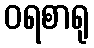
ဝရစာရု